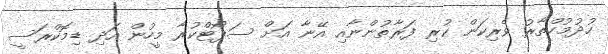
ހުދުމުހްތާރު ވެރިކަން ކުރި ފަރާތުންނާއި އޭނާ އަށް ސަޕޯޓްކުރާ މީހުން އަދި ޑިމޮކްރަސީ